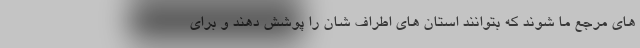
های مرجع ما شوند که بتوانند استان های اطراف شان را پوشش دهند و برای